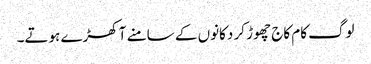
لوگ کام کاج چھوڑ کر دکانوں کے سامنے آ کھڑے ہوتے۔